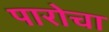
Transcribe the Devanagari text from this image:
पारोचा